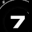
Digit: 7